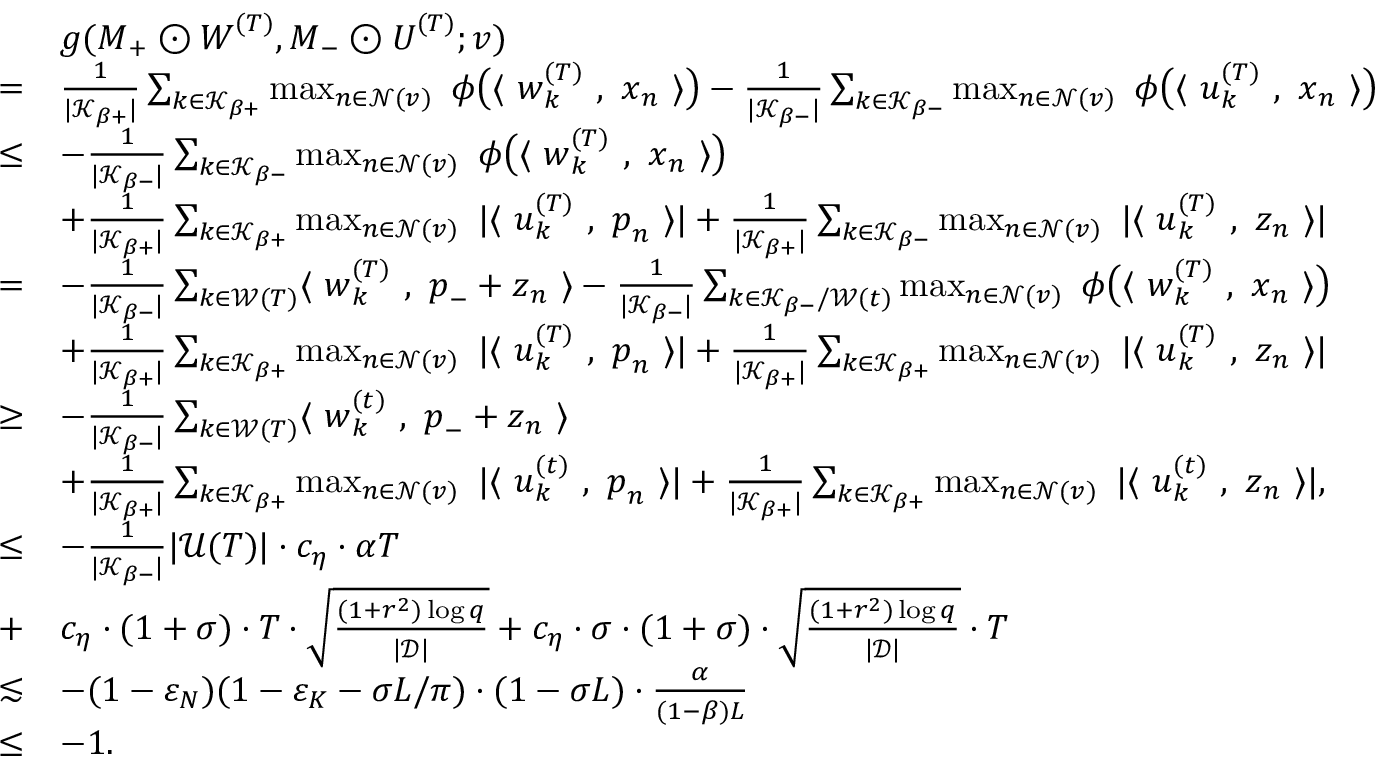
\begin{array} { r l } & { g ( { \boldsymbol M } _ { + } \odot { \boldsymbol W } ^ { ( T ) } , { \boldsymbol M } _ { - } \odot { \boldsymbol U } ^ { ( T ) } ; v ) } \\ { = } & { \frac { 1 } { | \mathcal { K } _ { \beta + } | } \sum _ { k \in \mathcal { K } _ { \beta + } } \operatorname* { m a x } _ { n \in \mathcal { N } ( v ) } ~ \phi \big ( \langle ~ { \boldsymbol w } _ { k } ^ { ( T ) } ~ , ~ { \boldsymbol x } _ { n } ~ \rangle \big ) - \frac { 1 } { | \mathcal { K } _ { \beta - } | } \sum _ { k \in \mathcal { K } _ { \beta - } } \operatorname* { m a x } _ { n \in \mathcal { N } ( v ) } ~ \phi \big ( \langle ~ { \boldsymbol u } _ { k } ^ { ( T ) } ~ , ~ { \boldsymbol x } _ { n } ~ \rangle \big ) } \\ { \le } & { - \frac { 1 } { | \mathcal { K } _ { \beta - } | } \sum _ { k \in \mathcal { K } _ { \beta - } } \operatorname* { m a x } _ { n \in \mathcal { N } ( v ) } ~ \phi \big ( \langle ~ { \boldsymbol w } _ { k } ^ { ( T ) } ~ , ~ { \boldsymbol x } _ { n } ~ \rangle \big ) } \\ & { + \frac { 1 } { | \mathcal { K } _ { \beta + } | } \sum _ { k \in \mathcal { K } _ { \beta + } } \operatorname* { m a x } _ { n \in \mathcal { N } ( v ) } ~ | \langle ~ { \boldsymbol u } _ { k } ^ { ( T ) } ~ , ~ { \boldsymbol p } _ { n } ~ \rangle | + \frac { 1 } { | \mathcal { K } _ { \beta + } | } \sum _ { k \in \mathcal { K } _ { \beta - } } \operatorname* { m a x } _ { n \in \mathcal { N } ( v ) } ~ | \langle ~ { \boldsymbol u } _ { k } ^ { ( T ) } ~ , ~ { \boldsymbol z } _ { n } ~ \rangle | } \\ { = } & { - \frac { 1 } { | \mathcal { K } _ { \beta - } | } \sum _ { k \in \mathcal { W } ( T ) } \langle ~ { \boldsymbol w } _ { k } ^ { ( T ) } ~ , ~ { \boldsymbol p } _ { - } + { \boldsymbol z } _ { n } ~ \rangle - \frac { 1 } { | \mathcal { K } _ { \beta - } | } \sum _ { k \in \mathcal { K } _ { \beta - } / \mathcal { W } ( t ) } \operatorname* { m a x } _ { n \in \mathcal { N } ( v ) } ~ \phi \big ( \langle ~ { \boldsymbol w } _ { k } ^ { ( T ) } ~ , ~ { \boldsymbol x } _ { n } ~ \rangle \big ) } \\ & { + \frac { 1 } { | \mathcal { K } _ { \beta + } | } \sum _ { k \in \mathcal { K } _ { \beta + } } \operatorname* { m a x } _ { n \in \mathcal { N } ( v ) } ~ | \langle ~ { \boldsymbol u } _ { k } ^ { ( T ) } ~ , ~ { \boldsymbol p } _ { n } ~ \rangle | + \frac { 1 } { | \mathcal { K } _ { \beta + } | } \sum _ { k \in \mathcal { K } _ { \beta + } } \operatorname* { m a x } _ { n \in \mathcal { N } ( v ) } ~ | \langle ~ { \boldsymbol u } _ { k } ^ { ( T ) } ~ , ~ { \boldsymbol z } _ { n } ~ \rangle | } \\ { \ge } & { - \frac { 1 } { | \mathcal { K } _ { \beta - } | } \sum _ { k \in \mathcal { W } ( T ) } \langle ~ { \boldsymbol w } _ { k } ^ { ( t ) } ~ , ~ { \boldsymbol p } _ { - } + { \boldsymbol z } _ { n } ~ \rangle } \\ & { + \frac { 1 } { | \mathcal { K } _ { \beta + } | } \sum _ { k \in \mathcal { K } _ { \beta + } } \operatorname* { m a x } _ { n \in \mathcal { N } ( v ) } ~ | \langle ~ { \boldsymbol u } _ { k } ^ { ( t ) } ~ , ~ { \boldsymbol p } _ { n } ~ \rangle | + \frac { 1 } { | \mathcal { K } _ { \beta + } | } \sum _ { k \in \mathcal { K } _ { \beta + } } \operatorname* { m a x } _ { n \in \mathcal { N } ( v ) } ~ | \langle ~ { \boldsymbol u } _ { k } ^ { ( t ) } ~ , ~ { \boldsymbol z } _ { n } ~ \rangle | , } \\ { \le } & { - \frac { 1 } { | \mathcal { K } _ { \beta - } | } | \mathcal { U } ( T ) | \cdot c _ { \eta } \cdot \alpha T } \\ { + } & { c _ { \eta } \cdot ( 1 + \sigma ) \cdot T \cdot \sqrt { \frac { ( 1 + r ^ { 2 } ) \log q } { | \mathcal { D } | } } + c _ { \eta } \cdot \sigma \cdot ( 1 + \sigma ) \cdot \sqrt { \frac { ( 1 + r ^ { 2 } ) \log q } { | \mathcal { D } | } } \cdot T } \\ { \lesssim } & { - ( 1 - \varepsilon _ { N } ) ( 1 - \varepsilon _ { K } - \sigma L / \pi ) \cdot ( 1 - \sigma L ) \cdot \frac { \alpha } { ( 1 - \beta ) L } } \\ { \le } & { - 1 . } \end{array}